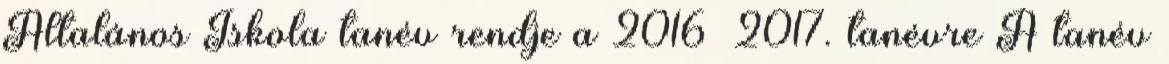
Általános Iskola tanév rendje a 2016 2017. tanévre A tanév